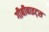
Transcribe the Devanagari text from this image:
गीबीबाइट्स